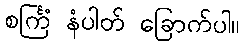
စင်္ကြံ နံပါတ် ခြောက်ပါ။